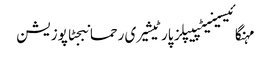
مہنگائیسینیٹپیپلز پارٹیشیری رحمانبجٹاپوزیشن